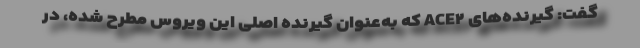
گفت: گیرنده‌های ACE۲ که به‌عنوان گیرنده اصلی این ویروس مطرح شده، در